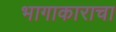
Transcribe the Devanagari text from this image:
भागाकाराचा